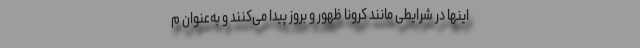
اینها در شرایطی مانند کرونا ظهور و بروز پیدا می‌کنند و به‌عنوان م